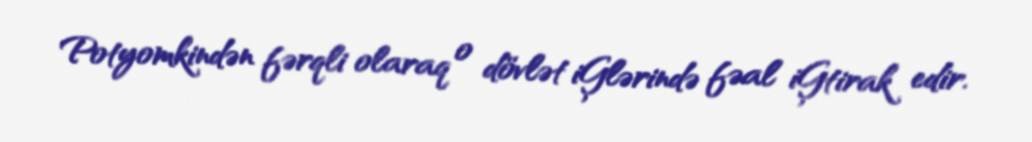
Potyomkindən fərqli olaraq o dövlət iĢlərində fəal iĢtirak edir.